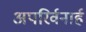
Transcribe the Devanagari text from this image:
अपरिर्वनार्ह